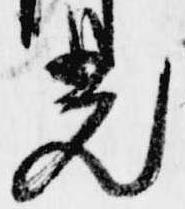
光